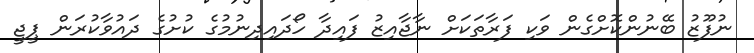
ނުފޫޒު ބޭނުންކޮށްގެން ވަކި ފަރާތަކަށް ނާޖާއިޒު ފައިދާ ހޯދައިދިނުމުގެ ކުށުގެ ދައުވާކުރަން ޕީޖީ